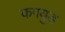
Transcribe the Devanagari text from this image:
कगयुड